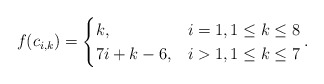
\begin{align*}f(c_{i,k}) &=\begin{cases}k, & i=1, 1 \leq k \leq 8\\ 7i+k-6,& i>1, 1 \leq k \leq 7 \end{cases}.\end{align*}